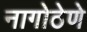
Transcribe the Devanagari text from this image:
नागोठेणे